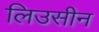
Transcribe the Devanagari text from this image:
लिउसीन